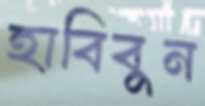
হাবিবুন